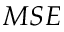
{ M S E }